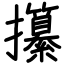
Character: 攥